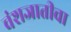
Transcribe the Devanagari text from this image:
वंशजातीचा